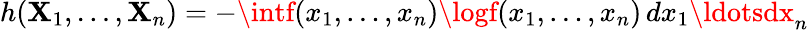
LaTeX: h(\mathbf{X}_{1},\ldots,\mathbf{X}_{n})=-\intf(x_{1},\ldots,x_{n})\logf(x_{1},\ldots,x_{n})\, dx_{1}\ldotsdx_{n}